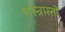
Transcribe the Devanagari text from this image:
शस्त्रास्तों